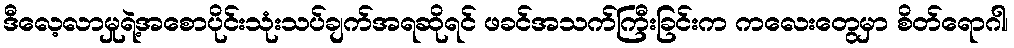
ဒီလေ့လာမှုရဲ့အစောပိုင်းသုံးသပ်ချက်အရဆိုရင် ဖခင်အသက်ကြီးခြင်းက ကလေးတွေမှာ စိတ်ရောဂါ၊